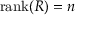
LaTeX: \mathrm { r a n k } ( R ) = n